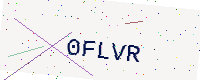
Text: 0FLVR